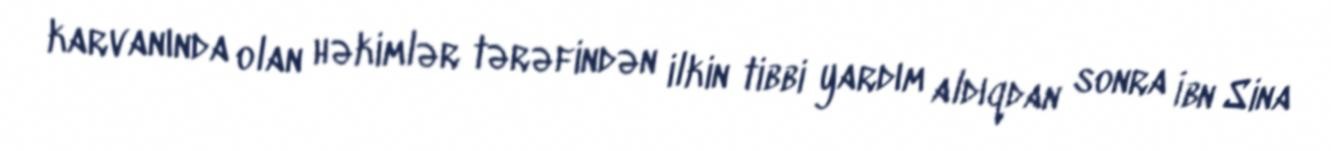
karvanında olan həkimlər tərəfindən ilkin tibbi yardım aldıqdan sonra İbn Sina